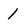
Character: l